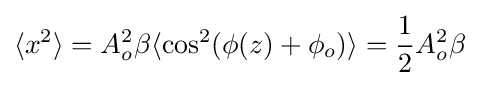
\langle x^{2}\rangle =A_{o}^{2}\beta \langle \cos ^{2}(\phi (z)+\phi _{o})\rangle ={\frac {1}{2}}A_{o}^{2}\beta